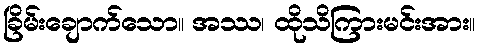
ခြိမ်းချောက်သော။ အဿ၊ ထိုသိကြားမင်းအား။